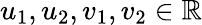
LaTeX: u_{1},u_{2},v_{1},v_{2}\in\mathbb{R}